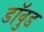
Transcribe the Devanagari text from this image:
डॉवुड